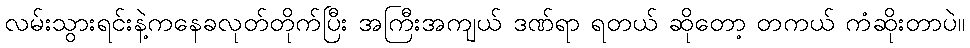
လမ်းသွားရင်းနဲ့ကနေခလုတ်တိုက်ပြီး အကြီးအကျယ် ဒဏ်ရာ ရတယ် ဆိုတော့ တကယ် ကံဆိုးတာပဲ။